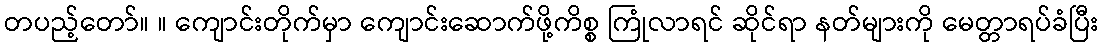
တပည့်တော်။ ။ ကျောင်းတိုက်မှာ ကျောင်းဆောက်ဖို့ကိစ္စ ကြုံလာရင် ဆိုင်ရာ နတ်များကို မေတ္တာရပ်ခံပြီး